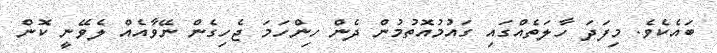
ބައެކެވެ. މިފަދަ ހާލަތެއްގައި ގައުމުއޮތުމުން ދެން ހިންހަމަ ޖެހިގެން ނޭވާއެއް ލެވޭނީ ކޮން